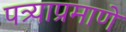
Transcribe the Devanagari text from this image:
पत्र्याप्रमाणे